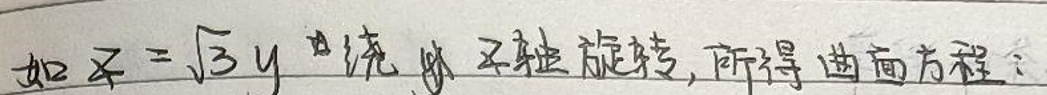
如$x = \sqrt{3}y$绕$z$轴旋转，所得曲面方程：